Indian journal of veterinary science and animal husbandry - Volume 5,
Year: 1935
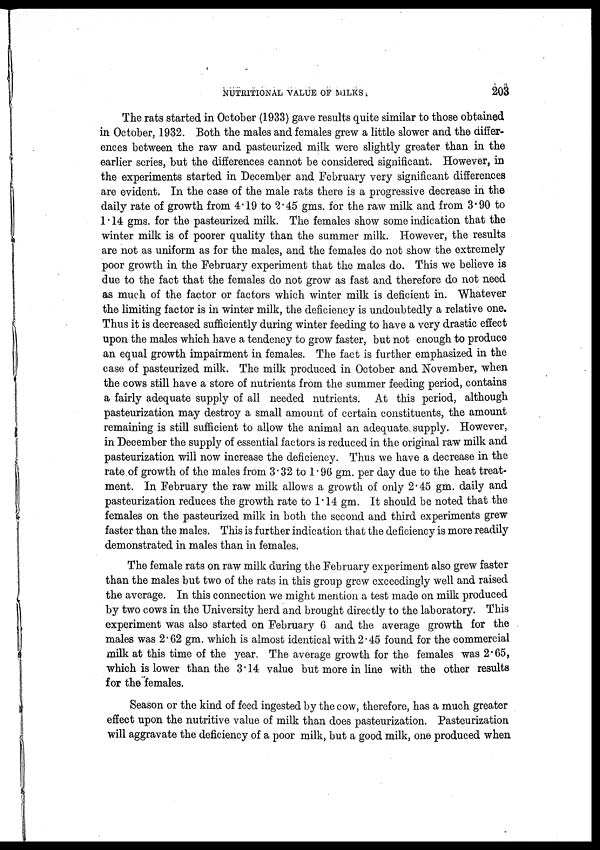
NUTRITIONAL VALUE OF MILKS.
203
The rats started in October (1933) gave results quite similar to those obtained
in October, 1932. Both the males and females grew a little slower and the differ-
ences between the raw and pasteurized milk were slightly greater than in the
earlier series, but the differences cannot be considered significant. However, in
the experiments started in December and February very significant differences
are evident. In the case of the male rats there is a progressive decrease in the
daily rate of growth from 4.19 to 2.45 gms. for the raw milk and from 3.90 to
1 .14 gms. for the pasteurized milk. The females show some indication that the
winter milk is of poorer quality than the summer milk. However, the results
are not as uniform as for the males, and the females do not show the extremely
poor growth in the February experiment that the males do. This we believe is
due to the fact that the females do not grow as fast and therefore do not need
as much of the factor or factors which winter milk is deficient in. Whatever
the limiting factor is in winter milk, the deficiency is undoubtedly a relative one.
Thus it is decreased sufficiently during winter feeding to have a very drastic effect
upon the males which have a tendency to grow faster, but not enough to produce
an equal growth impairment in females. The fact is further emphasized in the
case of pasteurized milk. The milk produced in October and November, when
the cows still have a store of nutrients from the summer feeding period, contains
a fairly adequate supply of all needed nutrients. At this period, although
pasteurization may destroy a small amount of certain constituents, the amount
remaining is still sufficient to allow the animal an adequate supply. However,
in December the supply of essential factors is reduced in the original raw milk and
pasteurization will now increase the deficiency. Thus we have a decrease in the
rate of growth of the males from 3.32 to 1.96 gm. per day due to the heat treat-
ment. In February the raw milk allows a growth of only 2.45 gm. daily and
pasteurization reduces the growth rate to 1.14 gm. It should be noted that the
females on the pasteurized milk in both the second and third experiments grew
faster than the males. This is further indication that the deficiency is more readily
demonstrated in males than in females.
The female rats on raw milk during the February experiment also grew faster
than the males but two of the rats in this group grew exceedingly well and raised
the average. In this connection we might mention a test made on milk produced
by two cows in the University herd and brought directly to the laboratory. This
experiment was also started on February 6 and the average growth for the
males was 2.62 gm. which is almost identical with 2.45 found for the commercial
milk at this time of the year. The average growth for the females was 2.65,
which is lower than the 3.14 value but more in line with the other results
for the females.
Season or the kind of feed ingested by the cow, therefore, has a much greater
effect upon the nutritive value of milk than does pasteurization. Pasteurization
will aggravate the deficiency of a poor milk, but a good milk, one produced when